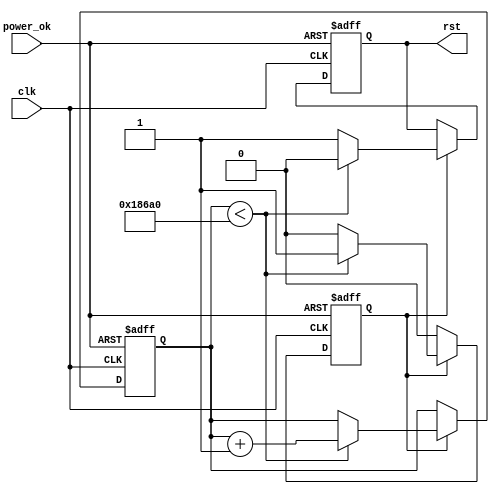
module PowerOnReset #(
    parameter RESET_DURATION = 100000 // Configurable reset duration in clock cycles
)(
    input wire clk,          // System clock
    input wire power_ok,     // Input signal indicating power is stable
    output reg rst          // Active low reset signal
);

    reg [31:0] counter;      // 32-bit counter to track the duration of reset
    reg reset_active;        // Internal state to track active reset

    // Asynchronous reset to handle power fluctuations
    always @(negedge power_ok or posedge clk) begin
        if (!power_ok) begin
            rst <= 1'b0;         // Assert reset immediately when power is lost
            reset_active <= 1'b1; // Set reset state active
            counter <= 0;        // Reset counter
        end else if (reset_active) begin
            if (counter < RESET_DURATION) begin
                counter <= counter + 1; // Increment the counter
                rst <= 1'b0;             // Keep reset asserted
            end else begin
                rst <= 1'b1;             // Deassert reset after duration
                reset_active <= 1'b0;    // Reset state is inactive
            end
        end
    end

    // Initial state management on power-up
    initial begin
        rst = 1'b0;                 // Initialize reset signal
        counter = 0;                // Initialize counter
        reset_active = 1'b0;        // Initialize reset active state
    end

endmodule